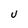
Character: U